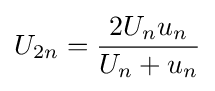
U_{2n}={\frac {2U_{n}u_{n}}{U_{n}+u_{n}}}